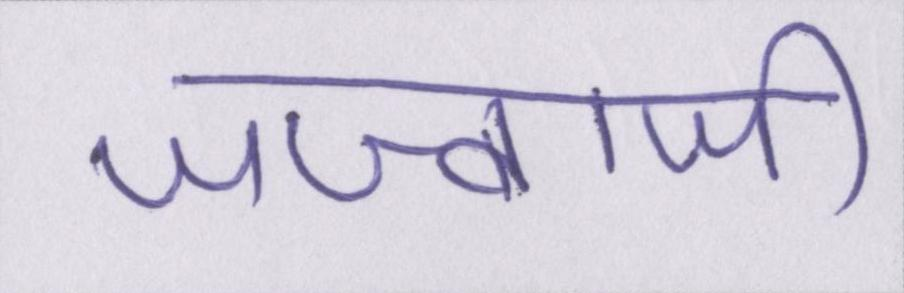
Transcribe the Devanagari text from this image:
जज्बाजी